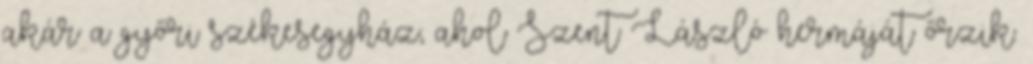
akár a győri székesegyház, ahol Szent László hermáját őrzik.